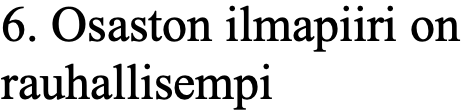
6. Osaston ilmapiiri on rauhallisempi